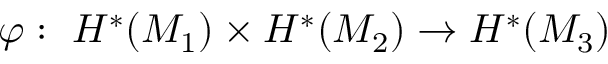
\varphi : \ H ^ { * } ( { \cal M } _ { 1 } ) \times H ^ { * } ( { \cal M } _ { 2 } ) \to H ^ { * } ( { \cal M } _ { 3 } )